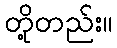
တို့တည်း။